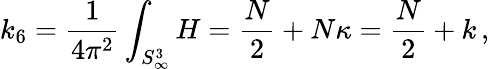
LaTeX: k_{6}=\frac{1}{4\pi^{2}}\int_{S_{\infty}^{3}}H=\frac{N}{2}+N\kappa=\frac{N}{2}+k\, ,